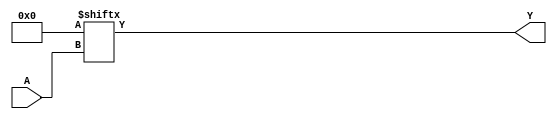
`timescale 1ns/1ps
`celldefine
//
// LUT6 simulation model
// 6-input lookup table (LUT)
//
// Copyright (c) 2023 Rapid Silicon, Inc.  All rights reserved.
//

module LUT6 #(
  parameter [63:0] INIT_VALUE = 64'h0000000000000000 // 64-bit LUT logic value
) (
  input [5:0] A, // Data Input
  output Y // Data Output
);

  assign Y = INIT_VALUE[A] ;


endmodule
`endcelldefine